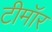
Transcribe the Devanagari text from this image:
टीमॉर